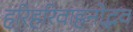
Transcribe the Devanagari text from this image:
हरिहरिवाहनोद्भव